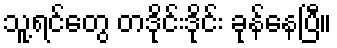
သူ့ရင်တွေ တဒိုင်းဒိုင်း ခုန်နေပြီ။